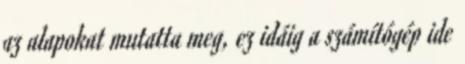
az alapokat mutatta meg, ez idáig a számítógép ide